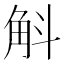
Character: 斛